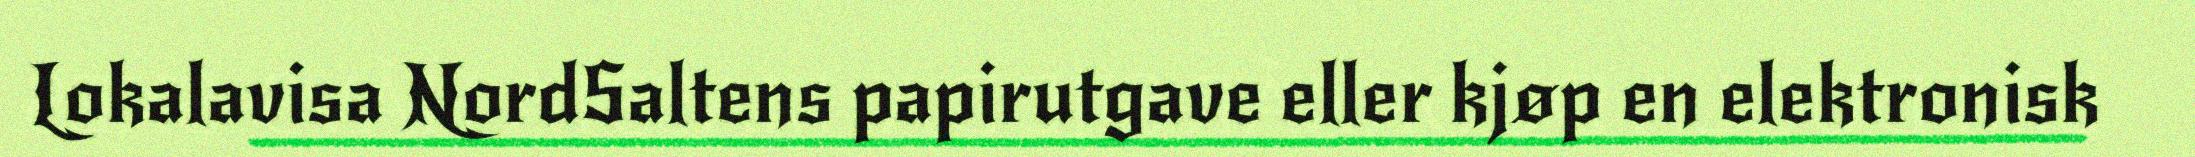
Lokalavisa NordSaltens papirutgave eller kjøp en elektronisk